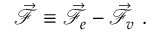
\vec { \mathcal { F } } \equiv \vec { \mathcal { F } } _ { e } - \vec { \mathcal { F } } _ { v } \mathrm { ~ . ~ }